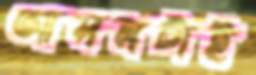
আসনটাই